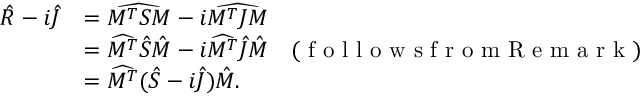
\begin{array} { r l } { \hat { R } - i \hat { J } } & { = \widehat { M ^ { T } S M } - i \widehat { M ^ { T } J M } } \\ & { = \widehat { M ^ { T } } \hat { S } \hat { M } - i \widehat { M ^ { T } } \hat { J } \hat { M } \quad ( \textrm { f o l l o w s f r o m R e m a r k } ) } \\ & { = \widehat { M ^ { T } } ( \hat { S } - i \hat { J } ) \hat { M } . } \end{array}